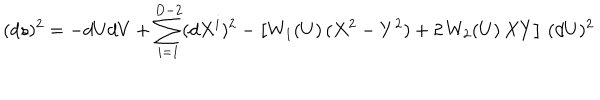
LaTeX: ( d s ) ^ { 2 } = - d U d V + \sum _ { i = 1 } ^ { D - 2 } ( d X ^ { i } ) ^ { 2 } - \left[ W _ { 1 } ( U ) \, ( X ^ { 2 } - Y ^ { 2 } ) + 2 \, W _ { 2 } ( U ) \, X Y \right] \, ( d U ) ^ { 2 }